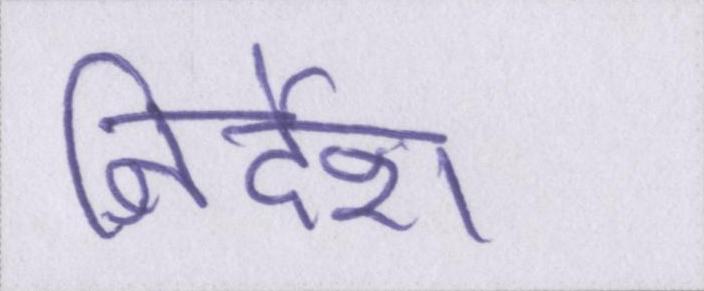
निर्देश